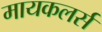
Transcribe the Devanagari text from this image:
मायकलर्स